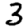
Digit: 3